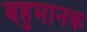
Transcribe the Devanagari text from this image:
बहुमानक